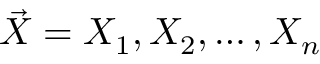
{ \vec { X } } = X _ { 1 } , X _ { 2 } , \dots , X _ { n }